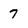
Character: 7